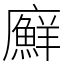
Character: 廯